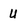
Character: U